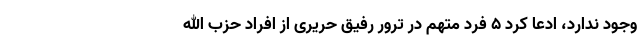
وجود ندارد، ادعا کرد ۵ فرد متهم در ترور رفیق حریری از افراد حزب الله